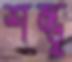
শম্ভু